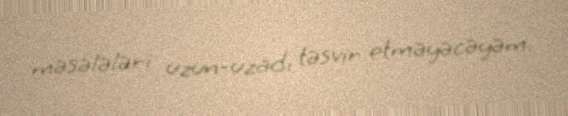
məsələləri uzun-uzadı təsvir etməyəcəyəm.